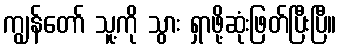
ကျွန်တော် သူ့ကို သွား ရှာဖို့ဆုံးဖြတ်ပြီးပြီ။